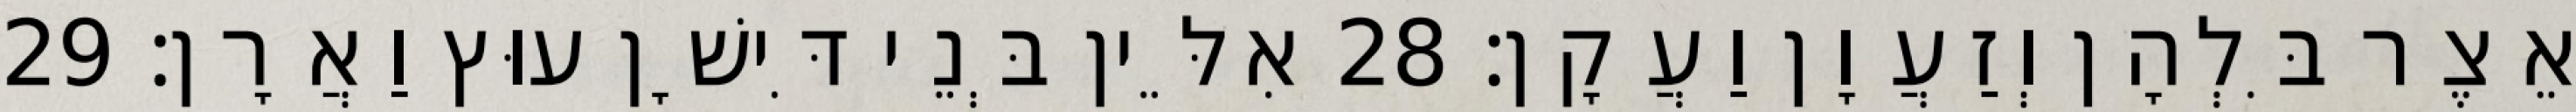
אֵצֶר בִּלְהָן וְזַעֲוָן וַעֲקָן׃ 28 אִלֵּין בְּנֵי דִּישָׁן עוּץ וַאֲרָן׃ 29